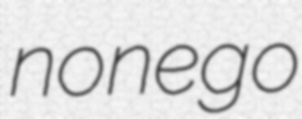
nonego